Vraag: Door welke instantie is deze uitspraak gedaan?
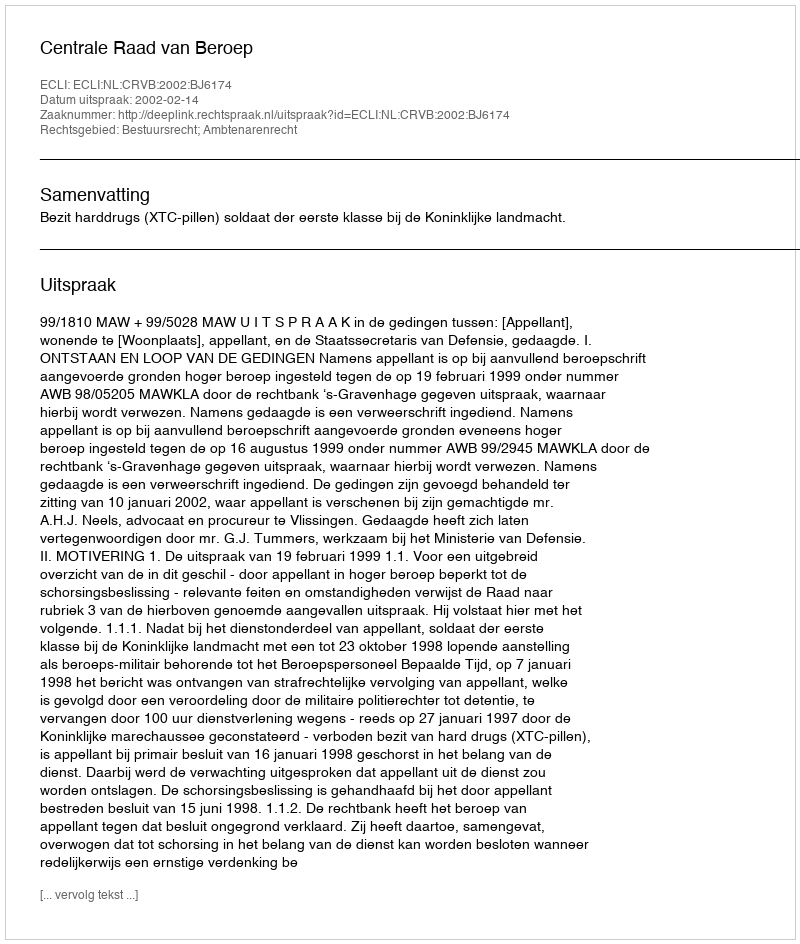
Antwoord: Centrale Raad van Beroep